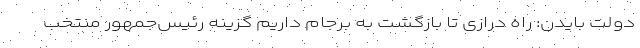
دولت بایدن: راه درازی تا بازگشت به برجام داریم گزینه رئیس‌جمهور منتخب